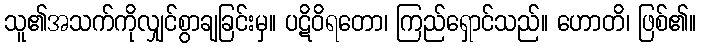
သူ၏အသက်ကိုလျှင်စွာချခြင်းမှ။ ပဋိဝိရတော၊ ကြည်ရှောင်သည်။ ဟောတိ၊ ဖြစ်၏။